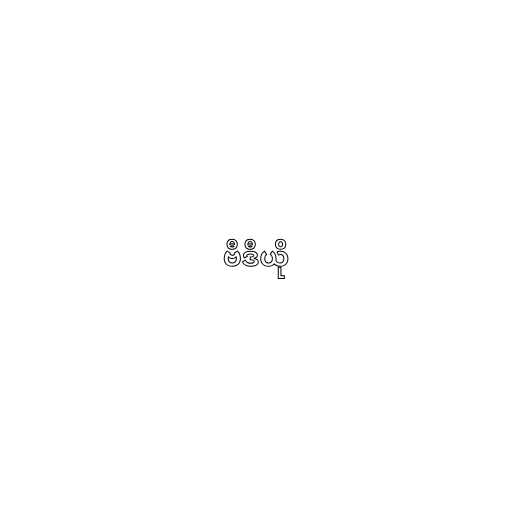
ဗီဒီယို